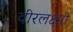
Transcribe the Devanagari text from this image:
वीरलक्ष्मी